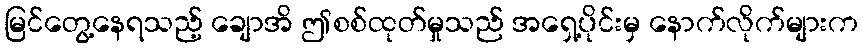
မြင်တွေ့နေရသည့် ချောအိ ဤစစ်ထုတ်မှုသည် အရှေ့ပိုင်းမှ နောက်လိုက်များက